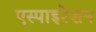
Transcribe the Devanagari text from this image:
एस्पाइरेशन